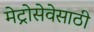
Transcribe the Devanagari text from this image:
मेट्रोसेवेसाठी